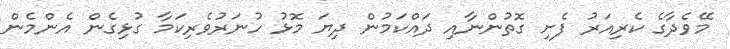
މޭވެދާގެ ކެރިއަރު ފެށި ގޮތުންނާއި ދައްކަމުން ދިޔަ މޮޅު ހުނަރުވެރިކަމާ ގުޅިގެން އެންމެން